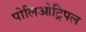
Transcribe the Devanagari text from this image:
पोलिओट्रिपल